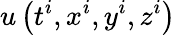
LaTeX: u\left(t^{i},x^{i},y^{i},z^{i}\right)